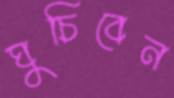
ঘুচিবেন